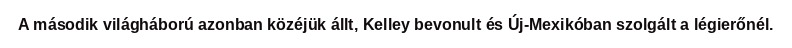
A második világháború azonban közéjük állt, Kelley bevonult és Új-Mexikóban szolgált a légierőnél.